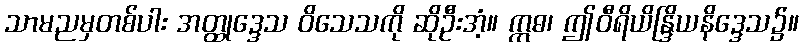
သာမညမှတစ်ပါး အတ္ထုဒ္ဒေသ ဝိသေသကို ဆိုဦးအံ့။ ဣဓ၊ ဤဝီရိယိန္ဒြိယနိဒ္ဒေသ၌။